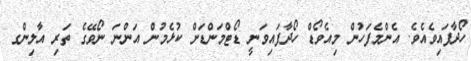
ހޯދާފައިވެއެވެ. އެންމެފަހުން މިއެވޯޑް ހޯދާފައިވަނީ ޑޯޓްމަންޑަށް ކުޅެމުން އަންނަ ނޯވޭގެ ތަރި އާލިންގ